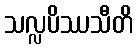
သလ္လပိဿသီတိ